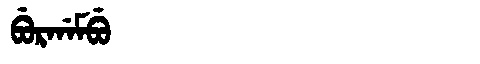
Manchu: ᠪᡠᡵᡤᠠᠮᠪᡠ
Romanization: BURGAMBU